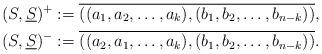
LaTeX: \begin{align*}(S,\underline{S})^+ &:= \overline{((a_1,a_2,\ldots,a_k),(b_1,b_2,\ldots,b_{n-k}))} ,\\(S,\underline{S})^- &:= \overline{((a_2,a_1,\ldots,a_k),(b_1,b_2,\ldots,b_{n-k}))}.\end{align*}